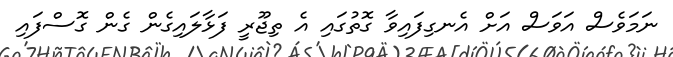
ނަމަވެސް އަވަސް އަށް އެނގިފައިވާ ގޮތުގައި އެ ތިޖޫރީ ފަޅާލައިގެން ގެން ގޮސްފައި